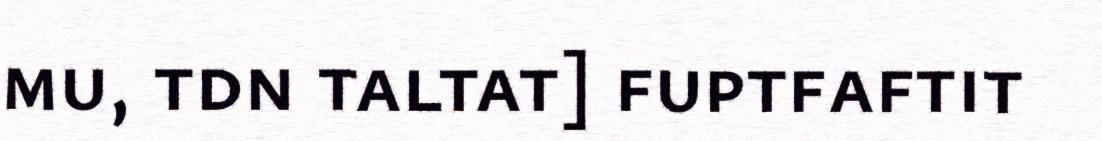
mu, tdn taltat] fuptfaftit